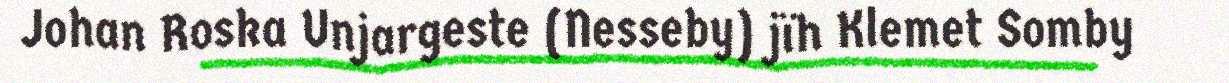
Johan Roska Unjargeste (Nesseby) jïh Klemet Somby